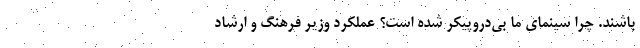
باشند. چرا سینمای ما بی‌دروپیکر شده است؟ عملکرد وزیر فرهنگ و ارشاد